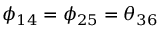
\phi _ { 1 4 } = \phi _ { 2 5 } = \theta _ { 3 6 }